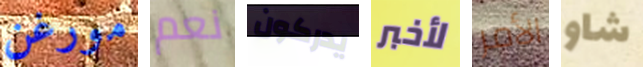
مورغن نعم يدركون لأخبر الأمر شاو